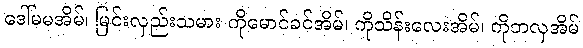
ဒေါ်မမအိမ်၊ မြင်းလှည်းသမား ကိုမောင်ခင်အိမ်၊ ကိုသိန်းလေးအိမ်၊ ကိုဘလှအိမ်